[Report on the health of British troops in the Madras command]
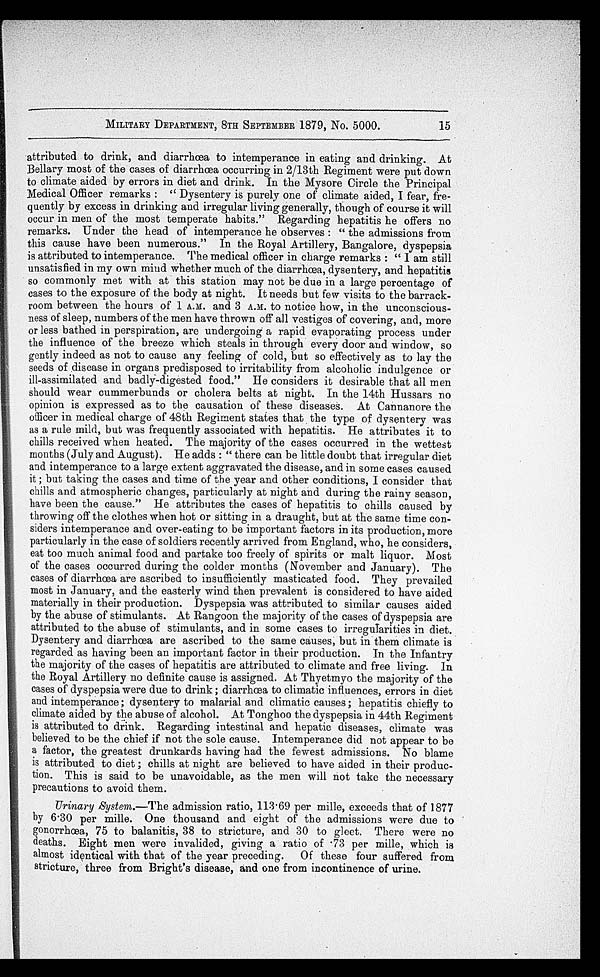
MILITARY DEPARTMENT, 8TH SEPTEMBER 1879, No. 5000.
attributed to drink, and diarrhoea to intemperance in eating and drinking. At
Bellary most of the cases of diarrhœa occurring in 2/13th Regiment were put down
to climate aided by errors in diet and drink. In the Mysore Circle the Principal
Medical Officer remarks : " Dysentery is purely one of climate aided, I fear, fre
-quently by excess in drinking and irregular living generally, though of course it will
occur in men of the most temperate habits." Regarding hepatitis he offers no
remarks. Under the head of intemperance he observes : " the admissions from
this cause have been numerous." In the Royal Artillery, Bangalore, dyspepsia
is attributed to intemperance. The medical officer in charge remarks : " I am still
unsatisfied in my own mind whether much of the diarrhœa, dysentery, and hepatitis
so commonly met with at this station may not be due in a large percentage of
cases to the exposure of the body at night. It needs but few visits to the barrack
-room between the hours of 1 A.M. and 3 A.M. to notice how, in the unconscious
-ness of sleep, numbers of the men have thrown off all vestiges of covering, and, more
or less bathed in perspiration, are undergoing a rapid evaporating process under
the influence of the breeze which steals in through every door and window, so
gently indeed as not to cause any feeling of cold, but so effectively as to lay the
seeds of disease in organs predisposed to irritability from alcoholic indulgence or
ill-assimilated and badly-digested food." He considers it desirable that all men
should wear cummerbunds or cholera belts at night. In the 14th Hussars no
opinion is expressed as to the causation of these diseases. At Cannanore the
officer in medical charge of 48th Regiment states that the type of dysentery was
as a rule mild, but was frequently associated with hepatitis. He attributes it to
chills received when heated. The majority of the cases occurred in the wettest
months (July and August). He adds : " there can be little doubt that irregular diet
and intemperance to a large extent aggravated the disease, and in some cases caused
i t ; b u t t a k i n g t h e c a s e s a n d t i m e o f t h e y e a r a n d o t h e r c o n d i t i o n s , I c o n s i d e r t h a t
chills and atmospheric changes, particularly at night and during the rainy season,
have been the cause." He attributes the cases of hepatitis to chills caused by
throwing off the clothes when hot or sitting in a draught, but at the same time con
-siders intemperance and over-eating to be important factors in its production, more
particularly in the case of soldiers recently arrived from England, who, he considers,
eat too much animal food and partake too freely of spirits or malt liquor. Most
of the cases occurred during the colder months (November and January). The
cases of diarrhœa are ascribed to insufficiently masticated food. They prevailed
most in January, and the easterly wind then prevalent is considered to have aided
materially in their production. Dyspepsia was attributed to similar causes aided
by the abuse of stimulants. At Rangoon the majority of the cases of dyspepsia are
attributed to the abuse of stimulants, and in some cases to irregularities in diet.
Dysentery and diarrhœa are ascribed to the same causes, but in them climate is
regarded as having been an important factor in their production. In the Infantry
the majority of the cases of hepatitis are attributed to climate and free living. In
the Royal Artillery no definite cause is assigned. At Thyetmyo the majority of the
cases of dyspepsia were due to drink ; diarrhœa to climatic influences, errors in diet
and intemperance; dysentery to malarial and climatic causes ; hepatitis chiefly to
climate aided by the abuse of alcohol. At Tonghoo the dyspepsia in 44th Regiment
is attributed to drink. Regarding intestinal and hepatic diseases, climate was
believed to be the chief if not the sole cause. Intemperance did not appear to be
a factor, the greatest drunkards having had the fewest admissions. No blame
is attributed to diet ; chills at night are believed to have aided in their produc
-
tion. This is said to be unavoidable, as the men will not take the necessary
precautions to avoid them.
Urinary System.—The admission ratio, 113.69 per mille, exceeds that of 1877
by 6 . 30 per mile. One thousand and eight of the admissions were due to
gonorrhœa, 75 to balanitis, 38 to stricture, and 30 to gleet. There were no
deaths. Eight men were invalided, giving a ratio of .73 per mille, which is
almost identical with that of the year preceding. Of these four suffered from
stricture, three from Bright's disease, and one from incontinence of urine.
15